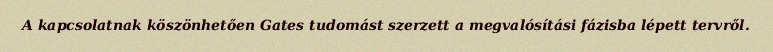
A kapcsolatnak köszönhetően Gates tudomást szerzett a megvalósítási fázisba lépett tervről.